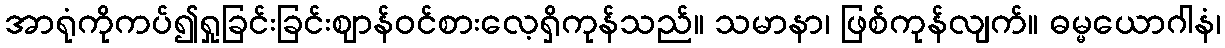
အာရုံကိုကပ်၍ရှုခြင်းခြင်းဈာန်ဝင်စားလေ့ရှိကုန်သည်။ သမာနာ၊ ဖြစ်ကုန်လျက်။ ဓမ္မယောဂါနံ၊